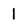
Character: 1